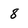
Character: 8